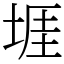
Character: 堐